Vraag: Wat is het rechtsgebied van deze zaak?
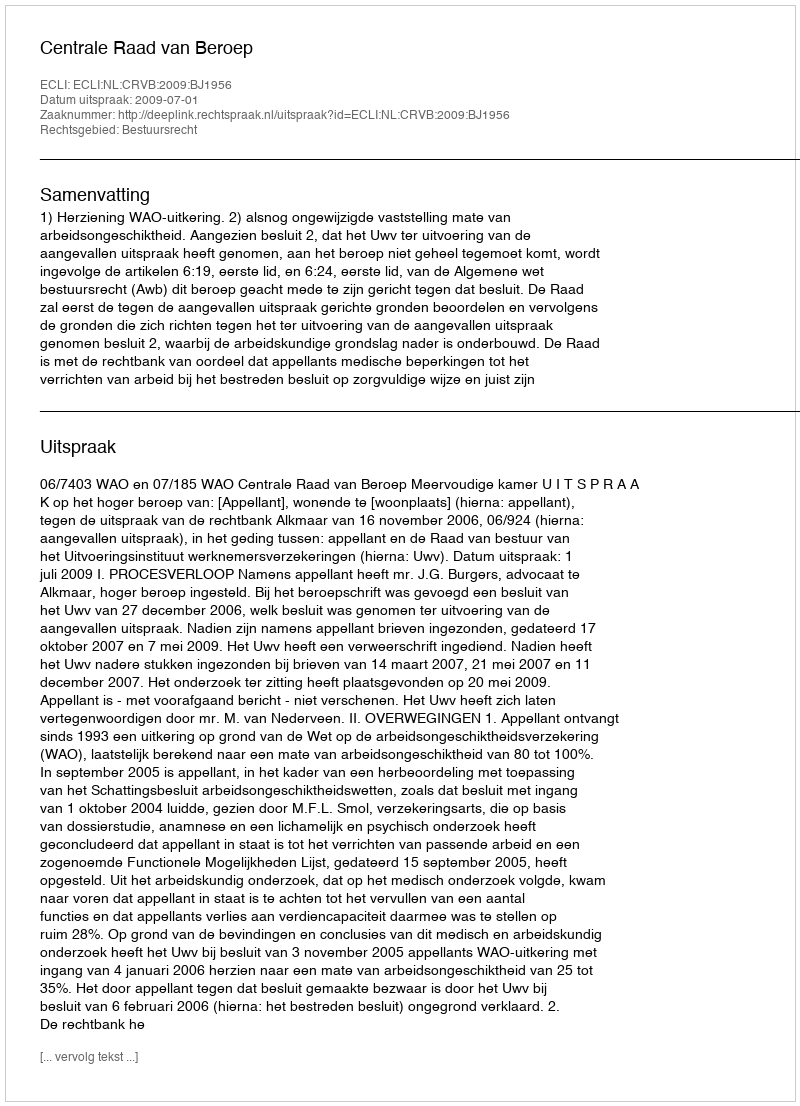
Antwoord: Bestuursrecht